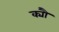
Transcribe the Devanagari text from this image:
क्यौ